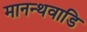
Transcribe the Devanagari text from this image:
मानन्थवाडि